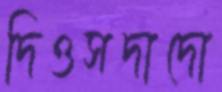
দিওসদাদো